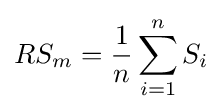
RS_{m}={\frac {1}{n}}\sum _{i=1}^{n}S_{i}